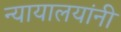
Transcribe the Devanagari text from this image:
न्यायालयांनी